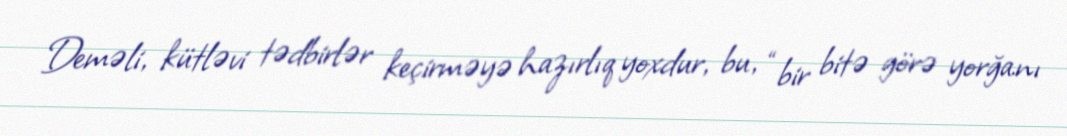
Deməli, kütləvi tədbirlər keçirməyə hazırlıq yoxdur, bu, “bir bitə görə yorğanı